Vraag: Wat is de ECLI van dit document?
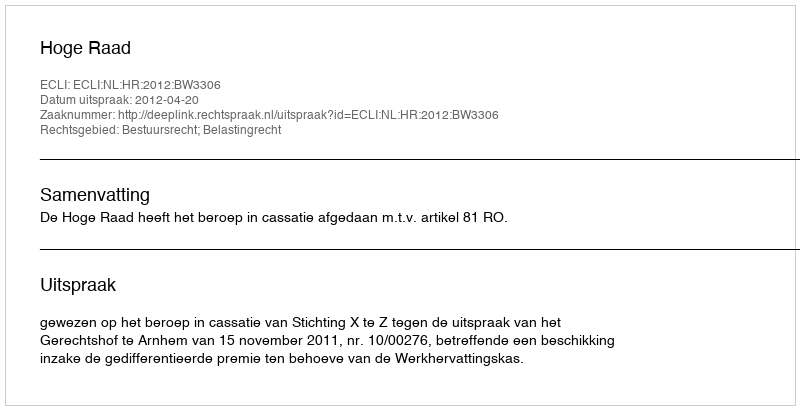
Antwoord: ECLI:NL:HR:2012:BW3306